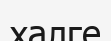
халге